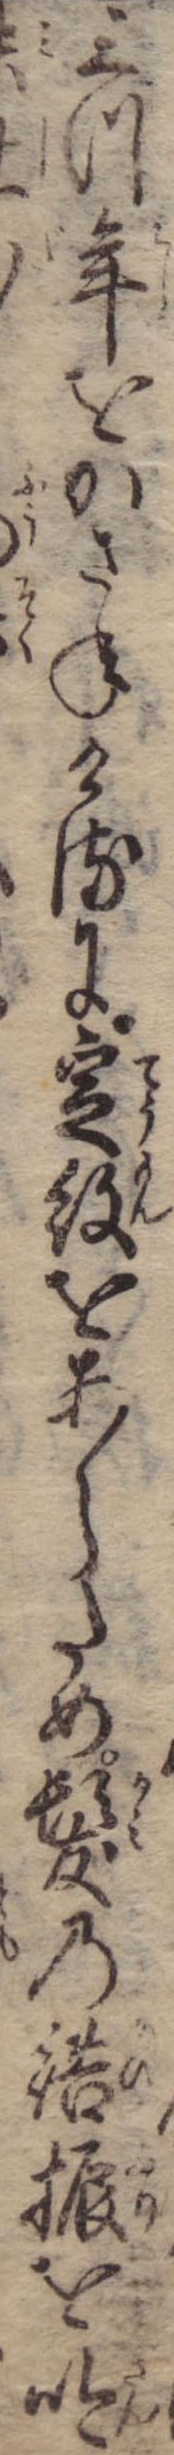
三つ年をかさねけるに定紋をあらため髪の結振を吟